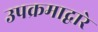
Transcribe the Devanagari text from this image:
उपक्रमाद्वारे